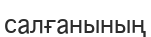
салғанының